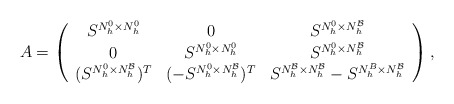
\begin{align*}{A}=\left(\begin{array}{ccc}S^{N_h^0\times N_h^0}&0&S^{N_h^0 \times N_h^\mathcal{B}} \\0&S^{N_h^0\times N_h^0}&S^{N_h^0 \times N_h^\mathcal{B}}\\(S^{N_h^0 \times N_h^\mathcal{B}})^T&(-S^{N_h^0 \times N_h^\mathcal{B}})^T&S^{N_h^\mathcal{B} \times N_h^\mathcal{B}}-S^{N_h^B\times N_h^\mathcal{B}}\end{array}\right),\end{align*}